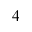
_ 4